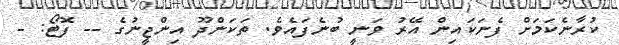
ކުރާނެކަމަށް ފެނަކައިން އޭރު ވަނީ ބުނެފައެވެ. ތަކަންދޫ އިންޖީނުގެ -- ފޮޓޯ: -